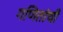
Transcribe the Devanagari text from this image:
गणितांची